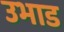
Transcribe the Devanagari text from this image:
उभाड